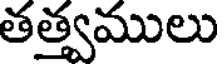
తత్త్వములు